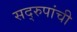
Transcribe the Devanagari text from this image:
सद्‌रुपांची